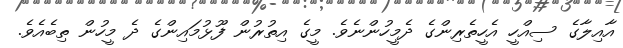
އާއިލާގެ ސިއްހީ އެހީތެރިންގެ ދެމީހުންނެވެ. މީގެ އިތުރުން ފޫޅުމައިންގެ ދެ މީހުން ތިބެއެވެ.